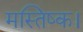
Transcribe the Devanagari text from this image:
मस्तिष्क।